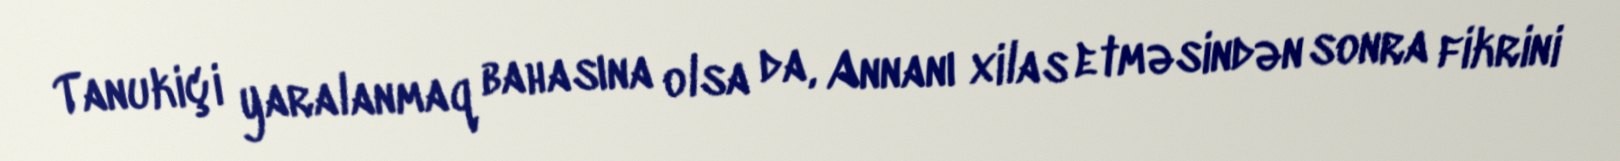
Tanukiçi yaralanmaq bahasına olsa da, Annanı xilas etməsindən sonra fikrini